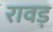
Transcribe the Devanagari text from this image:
रावड़